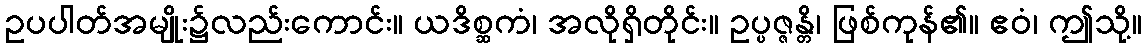
ဥပပါတ်အမျိုး၌လည်းကောင်း။ ယဒိစ္ဆကံ၊ အလိုရှိတိုင်း။ ဥပ္ပဇ္ဇန္တိ၊ ဖြစ်ကုန်၏။ ဧဝံ၊ ဤသို့။